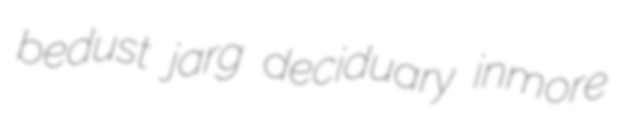
bedust jarg deciduary inmore